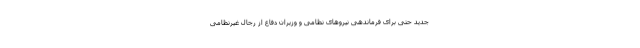
جدید حتی برای فرماندهی نیروهای نظامی و وزیران دفاع از رجال غیرنظامی